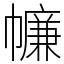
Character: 𢅏